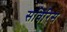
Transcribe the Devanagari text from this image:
सविरिस